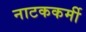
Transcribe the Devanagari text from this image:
नाटककर्मी